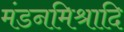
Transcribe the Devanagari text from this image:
मंडनमिश्रादि